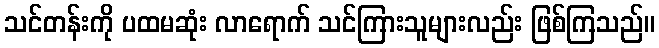
သင်တန်းကို ပထမဆုံး လာရောက် သင်ကြားသူများလည်း ဖြစ်ကြသည်။